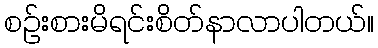
စဉ်းစားမိရင်းစိတ်နာလာပါတယ်။